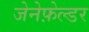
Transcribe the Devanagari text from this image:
जेनेफ़ेल्डर